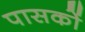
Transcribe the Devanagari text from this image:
पासकों